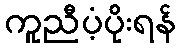
ကူညီပံ့ပိုးရန်